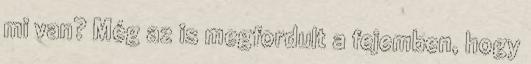
mi van? Még az is megfordult a fejemben, hogy